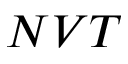
N V T